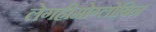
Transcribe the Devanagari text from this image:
लेगहीमोग्लोबिन